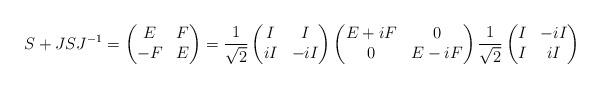
LaTeX: \begin{align*}S + J S J^{-1} =\begin{pmatrix}E & F\\-F & E\end{pmatrix}=\frac{1}{\sqrt{2}}\begin{pmatrix}I & I\\i I & -i I\end{pmatrix}\begin{pmatrix}E+iF & 0\\0 & E-iF\end{pmatrix}\frac{1}{\sqrt{2}}\begin{pmatrix}I & -i I\\I & i I\end{pmatrix}\end{align*}